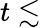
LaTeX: t\lesssim